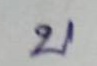
บ